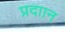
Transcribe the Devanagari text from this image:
प्रदाान